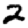
Digit: 2